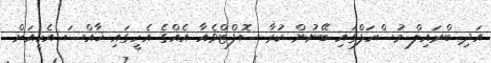
އަދި ބްރައިލް މުސްހަފްގައި ބޭނުން ކުރާ ސޮފްޓްވެއާ އެއްގެ އެހީގައި ޚާއްސަ އެހީއަށް